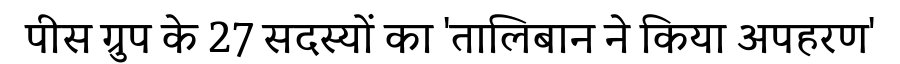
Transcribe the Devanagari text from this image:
पीस ग्रुप के 27 सदस्यों का 'तालिबान ने किया अपहरण'